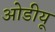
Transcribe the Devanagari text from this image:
ओडीयू